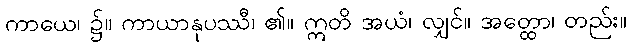
ကာယေ၊ ၌။ ကာယာနုပဿီ၊ ၏။ ဣတိ အယံ၊ လျှင်။ အတ္ထော၊ တည်း။